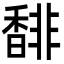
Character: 馡